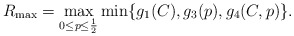
\begin{align*}R_{\max}=\max_{0\leq p\leq \frac{1}{2}}\min\{g_1(C),g_3(p),g_4(C,p)\}.\end{align*}